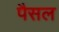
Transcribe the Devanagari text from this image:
पैसल